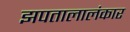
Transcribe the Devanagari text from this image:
झपतालालंकार